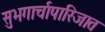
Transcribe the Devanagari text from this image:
सुभगार्चापारिजात